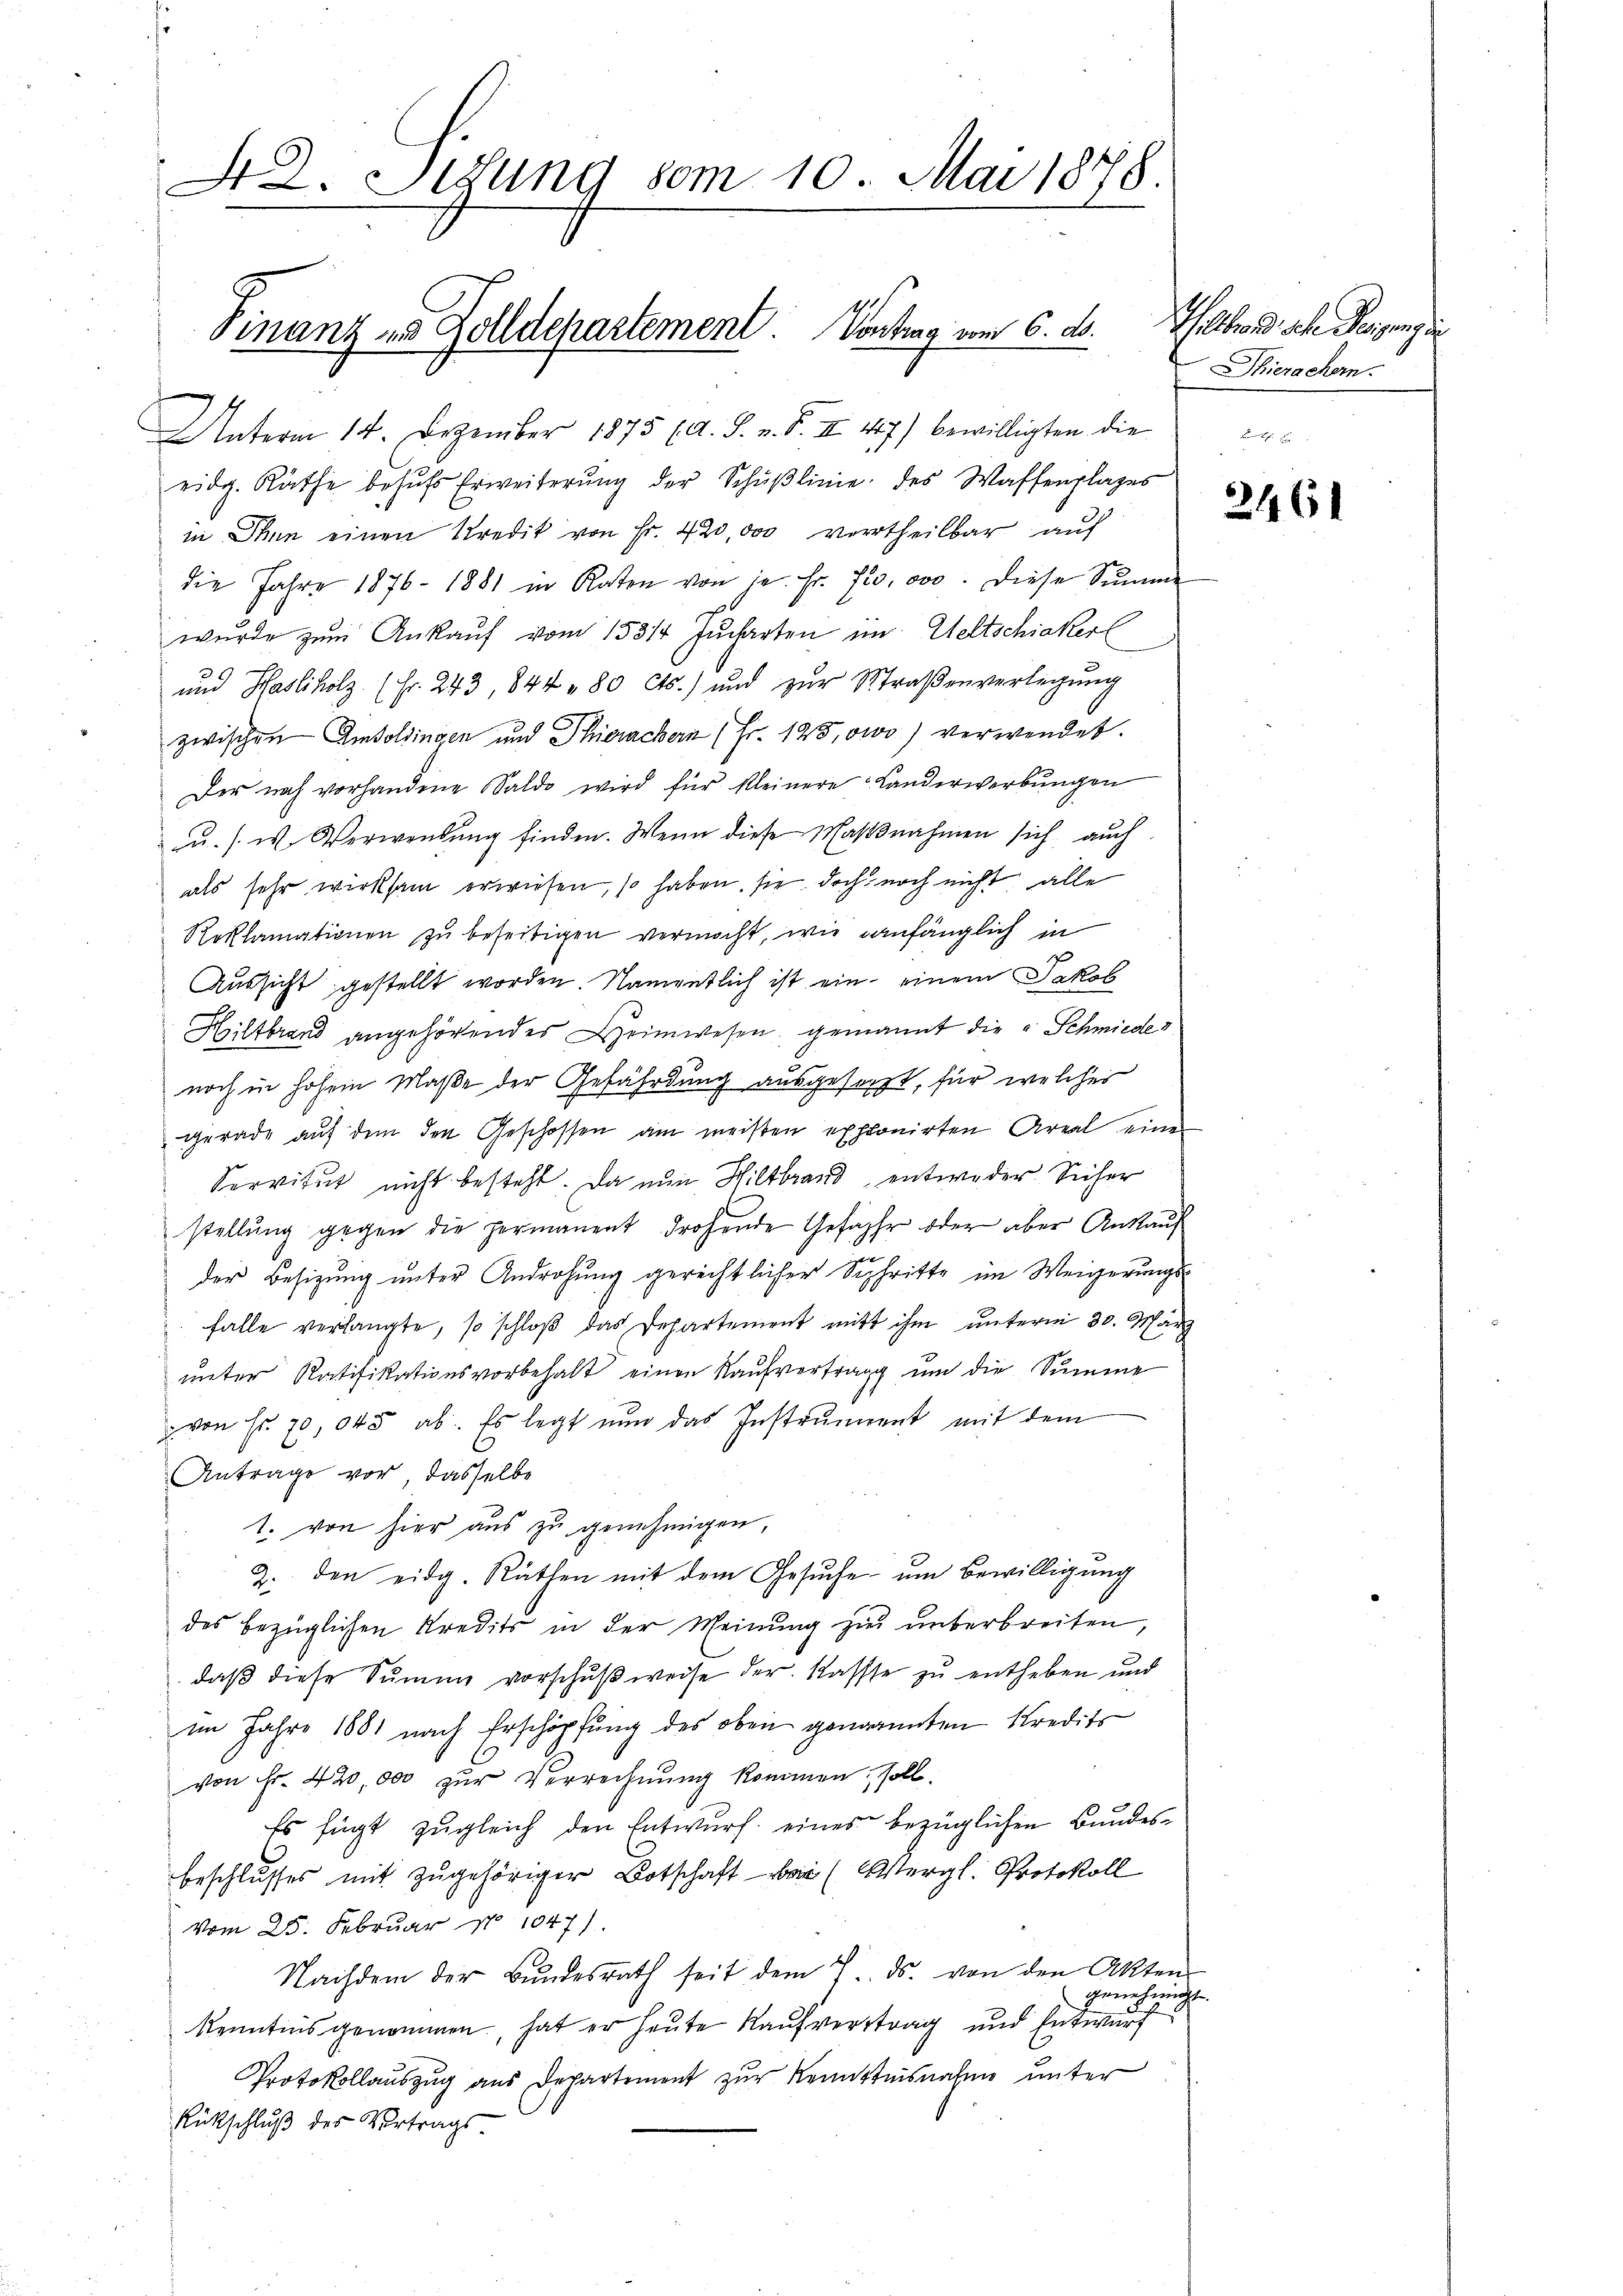
42. Sedung vom 10. Mai 1878.

Finanz in Golldepartement. Vontrag vom 6. ds.

Unterm 14. Dezember 1875 (A. F. v. B. II 47) bewilligten die
eidg. Räthe behŭfs Erweiterŭng der Schŭβlinie des Waffenplages
in Ihnn einen Kredit von Fr. 420,000 vertheilbar auf

die Jahre 1876 - 1881 in Raten von in Fr. 720,000. Diese Summe
wurde zum Ankauf vom 15314 Jucharten im Weltschiaker
und Hasliholz. (Fr. 243, 844 " 80 cts.) und zŭr Straβenverlegŭng
zwischen Amtoldingen und Thierachern (Fr. 123, owo) verwendet.
Der noch vorhandene Saldo wird für kleinere Landerwerbungen
zŭ. s. w. Verwendŭng finden. Wenn diese Waßnahmen sich auch
als sehr wirksam erwiesen, so haben, sie doch noch nicht alle
Roklamationen zu beseitigen vermocht, wie anfänglich in
Aussicht gestellt worden. Namentlich ist ein einem Jakob
d
Hiltbrand angehörendes Heimwesen genannt die u. Schmiede
noch in hohem Maße der Gefährdung ausgesorgt, für welcher
gerade aŭf dem den Geschossen am meisten exponirten Areal eine
Servitut nicht besteht. Da nun Hiltbrand entweder Sicher
stellung gegen die permanent drohende Gefähr oder aber Ankauf
der Besizung unter Androhung gerechtlicher Schritte im Weigerungs¬
 falle verlangte, so schloß das Departement mit ihm unterm 30. März
ŭnter Ratifikationsvorbehalt einen Kaŭfvertrag ŭm die Summe
von Fr. 70,045 ab. Es legt nun das Instrument mit dem
Antrage vor, dasselbe
1. von hier aus zu genehmigen,
2. den eidg. Räthen mit dem Gesŭche um Bewilligung
des bezüglichen Kredits in der Meinung zu unterbreiten,
daβ diese Summe vorschŭβweise der Kasste zu entheben und
im Jahre 1881 nach Erschöpfung des oben genannten Kredits
von Fr. 420,000 zur Verrechnung kommen, soll.
Es fügt zugleich den Entwurf eines bezüglichen Bundesbeschlusses mit zugehöriger Botschaft bei (Vergl. Protokoll
vom 25. Februar No 1047).
Nachdem der Bŭndesrath seit dem 7. ds. von den Akten
genehmigt
kenntnis genommen, hat er heute Kaufvertrag und Entwurf
Protokollauszug aus Departement zur Kenntnisnahme unter
Rückschluß der Vortrags.

Nebend sche Neigung d
Thierachern.

2461